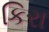
કિરા